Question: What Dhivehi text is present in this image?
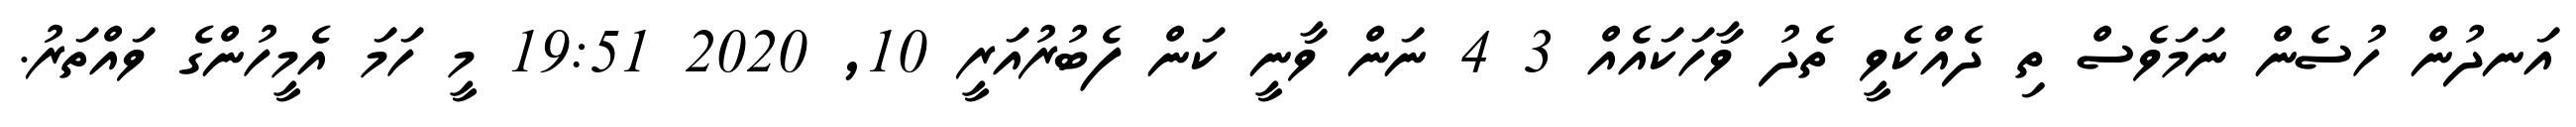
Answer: އަނދުން ހުސެން ނަމަވެސް ތި ދެއްކެވީ ތެދު ވާހަކައެއް 3 4 ނަން ވާނީ ކަން ފެބުރުއަރީ 10, 2020 19:51 މީ ހަމަ އެމީހުންގެ ވައްތަރު.